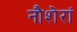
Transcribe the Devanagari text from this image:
नौशेरां